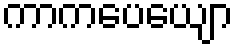
ကာကပေယျော